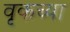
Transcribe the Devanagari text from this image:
वृकच्या